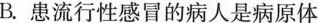
B.患流行性感冒的病人是病原体